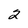
Character: 2